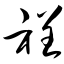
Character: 裎